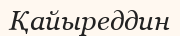
Қайыреддин